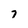
Character: 7